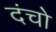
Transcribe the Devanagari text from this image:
दंचो